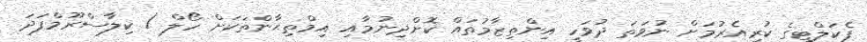
ފެކަލްޓީގެ ކުރިއެރުމަށް ނުވަތަ ދުވަހީ އިންތިޒާމުތައް ކޮށްދިނުމާއި އިމްތިޙާންތަކަށް ހޯލް / ކިލާސްރޫމްފަދަ